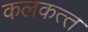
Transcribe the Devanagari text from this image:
कलकत्‍त